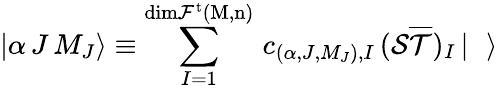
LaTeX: \left|\alpha\, J\, M_{J}\right>\equiv\sum_{I=1}^{\mathrm{{dim}{\cal{F}}^{t}(M,n)}}\, c_{(\alpha,J,M_{J}),I}\, ({\cal{S}}{\overline{{\cal{T}}}})_{I}\left|\rule{0.3cm}{0cm}\right>